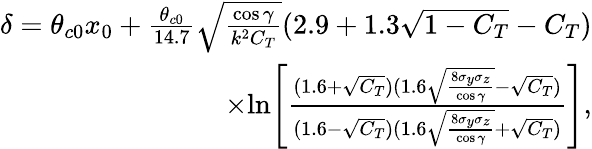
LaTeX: \begin{array}{r}{\delta=\theta_{c0}x_{0}+\frac{\theta_{c0}}{14.7}\sqrt{\frac{\cos{\gamma}}{k^{2}C_{T}}}(2.9+1.3\sqrt{1-C_{T}}-C_{T})}\\ {\times\mathrm{ln}\Bigg[\frac{(1.6+\sqrt{C_{T}})(1.6\sqrt{\frac{8\sigma_{y}\sigma_{z}}{\cos{\gamma}}}-\sqrt{C_{T}})}{(1.6-\sqrt{C_{T}})(1.6\sqrt{\frac{8\sigma_{y}\sigma_{z}}{\cos{\gamma}}}+\sqrt{C_{T}})}\Bigg],}\end{array}